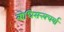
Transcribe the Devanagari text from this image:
बोधिसत्त्वचर्या